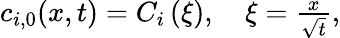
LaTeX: \begin{array}{r}{c_{i,0}(x,t)=C_{i}\left(\xi\right),\quad\xi=\frac{x}{\sqrt{t}},}\end{array}